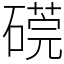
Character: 𥕜